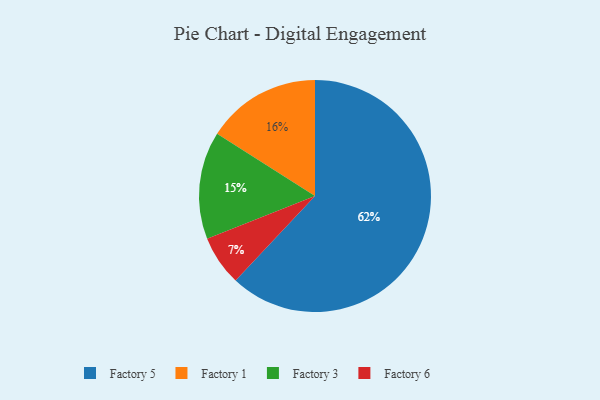
{"axis": {"x": "Category", "y": "Percentage"}, "legend": ["Factory 1", "Factory 3", "Factory 5", "Factory 6"], "data": [{"x": "Factory 3", "y": 15, "type": "Factory 3"}, {"x": "Factory 1", "y": 16, "type": "Factory 1"}, {"x": "Factory 5", "y": 62, "type": "Factory 5"}, {"x": "Factory 6", "y": 7, "type": "Factory 6"}]}